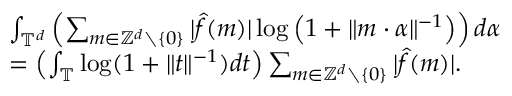
\begin{array} { r l } & { \int _ { \mathbb { T } ^ { d } } \left( \sum _ { m \in \mathbb { Z } ^ { d } \setminus \{ 0 \} } | \widehat { f } ( m ) | \log \left( 1 + \Vert m \cdot \alpha \Vert ^ { - 1 } \right) \right) d \alpha } \\ & { = \left( \int _ { \mathbb { T } } \log ( 1 + \Vert t \Vert ^ { - 1 } ) d t \right) \sum _ { m \in \mathbb { Z } ^ { d } \setminus \{ 0 \} } | \widehat { f } ( m ) | . } \end{array}